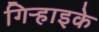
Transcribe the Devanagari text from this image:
गिऱ्हाइके